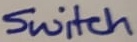
Text: Switch